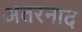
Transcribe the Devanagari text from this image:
अंतरनाद